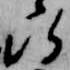
給